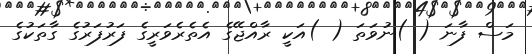
މަސް ފާނަ ( )ނުވަތަ ( )އަކީ ރާއްޖޭގެ އެތެރެވަރީގެ ފަރުފަރުގެ ގާތަކުގެ